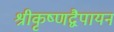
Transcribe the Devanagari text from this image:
श्रीकृष्णद्वैपायन